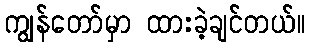
ကျွန်တော်မှာ ထားခဲ့ချင်တယ်။